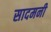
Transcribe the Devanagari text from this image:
सादमनी